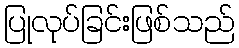
ပြုလုပ်ခြင်းဖြစ်သည်